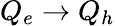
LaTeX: Q_{e}\to Q_{h}